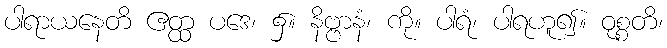
ပါရာယနေတိ ဧတ္ထ ပဒေ၊ ၌။ နိဗ္ဗာနံ၊ ကို။ ပါရံ၊ ပါရဟူ၍။ ဝုစ္စတိ၊